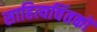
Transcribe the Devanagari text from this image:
साहित्यचिंतकों